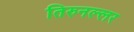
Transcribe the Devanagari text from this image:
तिरुनल्लर